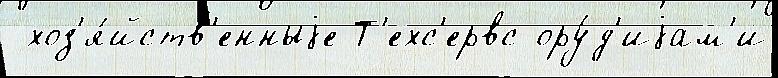
 хоз'я́йств'енныjе Т'ехс'ервс ору́д'иjам'и